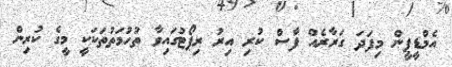
އެމްޑީޕީން މިފަދަ ގަރާރެއް ފާސް ކުރި އިރު ރިޕޯޓުގައިވާ ތުހުމަތުތަކަކީ މީގެ ކުރިން